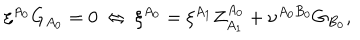
\xi ^ { A _ { 0 } } G _ { A _ { 0 } } = 0 \: \Leftrightarrow \: \xi ^ { A _ { 0 } } = \xi ^ { A _ { 1 } } Z _ { A _ { 1 } } ^ { A _ { 0 } } + \nu ^ { A _ { 0 } B _ { 0 } } G _ { B _ { 0 } } ,